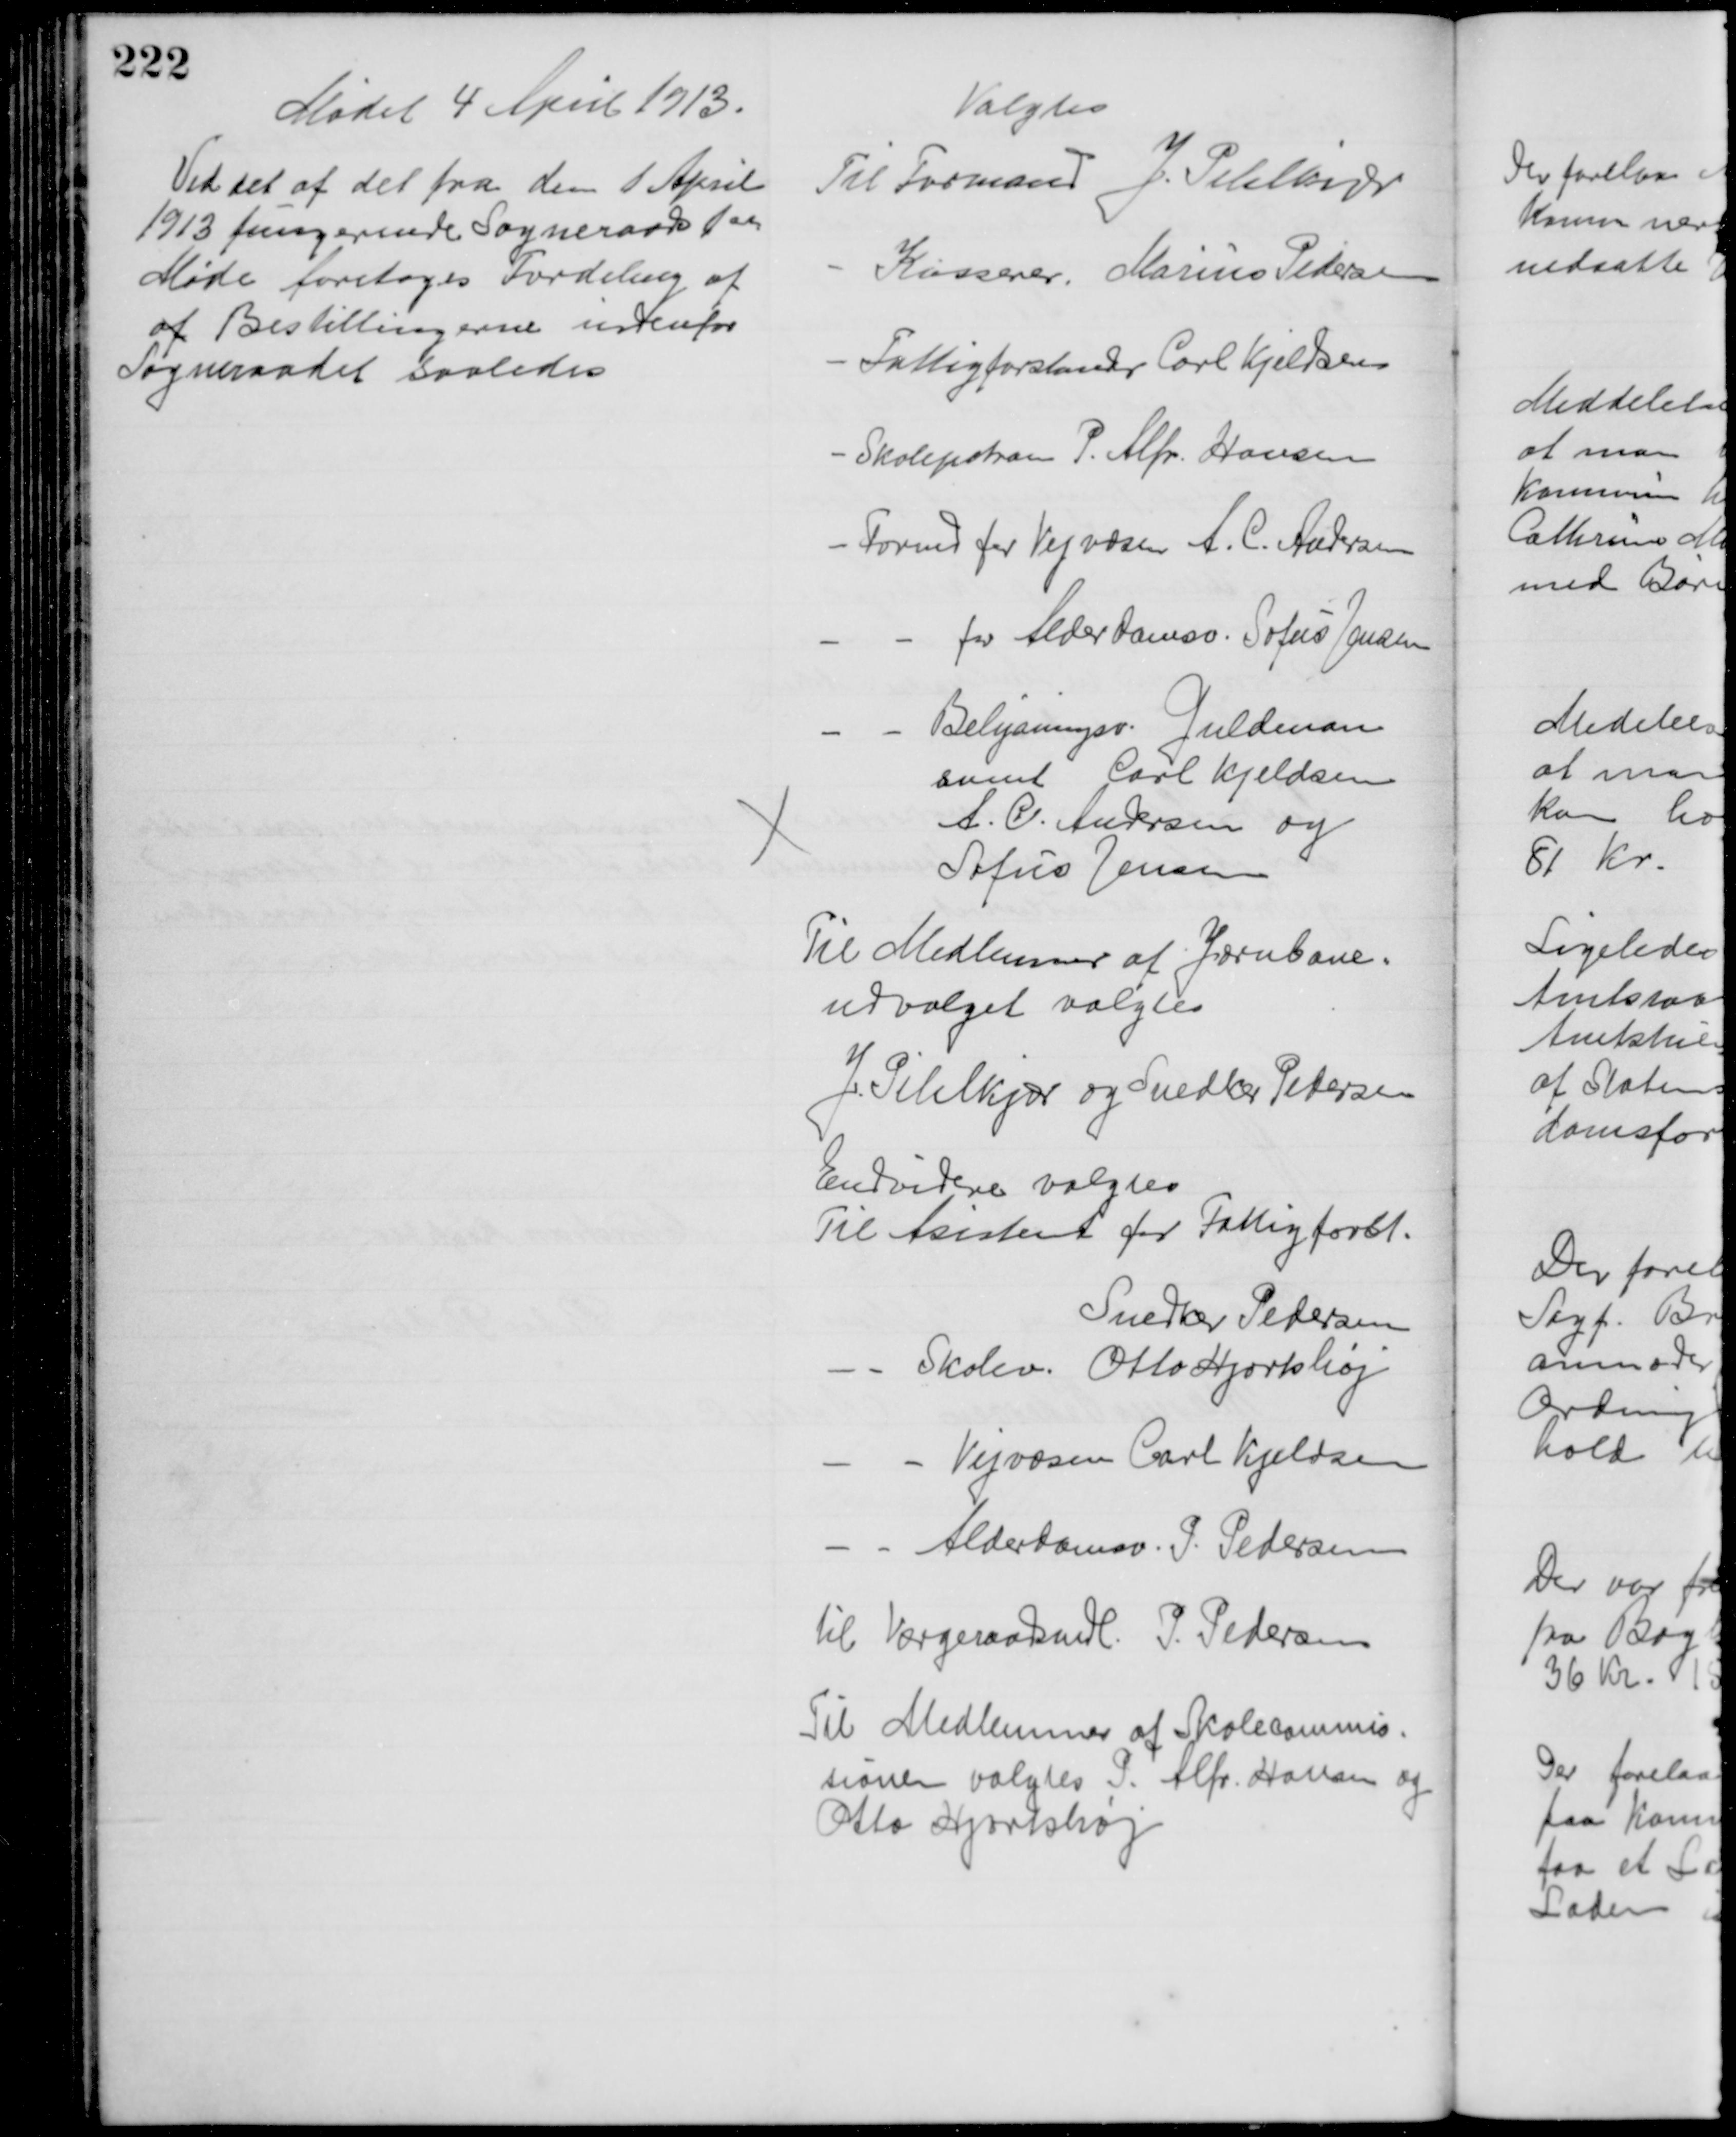
Transskription:
Mødet 4 April 1913.
Ved det af det fra den 1 April
1913 fungerende Sogneraads 1ste
Møde foretoges Fordeling af 
af Bestillingerne indenfor
Sogneraadet saaledes

Valgtes
Til Formand J. Pihlkjær
Kasserer. Marius Pedersen
Fattigforstander Carl Kjeldsen
Skolepatron P. Alfr. Hansen
Formd for Vejvæsen A. C. Andersen
for Alderdomsv. Sofus Jensen
Belysningsv. Guldman
samt Carl Kjeldsen
A. C. Andersen og
Sofus Jensen
Til Medlemmer af Jernbane=
udvalget valgtes
J. Pihlkjær og Snedker Pedersen
Endvidere valgtes
Til Asistent for Fattigforst.
Snedker Pedersen
Skolev. Otto Hjortshøj
Vejvæsen Carl Kjeldsen
Alderdomsv. P. Pedersen
til Værgeraadsmedl. P. Pedersen
Til Medlemmer af Skolecommis-
sionen valgtes P. Alfr. Hansen og
Otto Hjortshøj